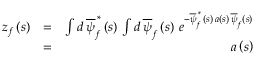
\begin{array} { r l r } { z _ { f } \left( s \right) } & { = } & { \int d \, \overline { { \psi } } _ { f } ^ { \, \ast } \left( s \right) \, \int d \, \overline { { \psi } } _ { f } \left( s \right) \, e ^ { - \overline { { \psi } } _ { f } ^ { \, \ast } \, \left( s \right) \, a \left( s \right) \, \overline { { \psi } } _ { f } \left( s \right) } } \\ & { = } & { a \left( s \right) } \end{array}